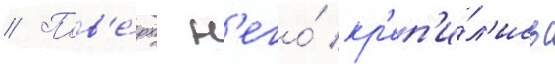
// Пов'е́рх н'его́ кр'еп'и́л'ись